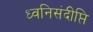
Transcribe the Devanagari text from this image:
ध्वनिसंदीप्ति